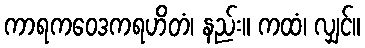
ကာရကဝေဒကရဟိတံ၊ နည်း။ ကထံ၊ လျှင်။